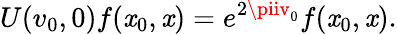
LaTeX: U(v_{0},0)f(\mathit{x}_{0},\mathit{x})=e^{2\piiv_{0}}f(\mathit{x}_{0},\mathit{x}).